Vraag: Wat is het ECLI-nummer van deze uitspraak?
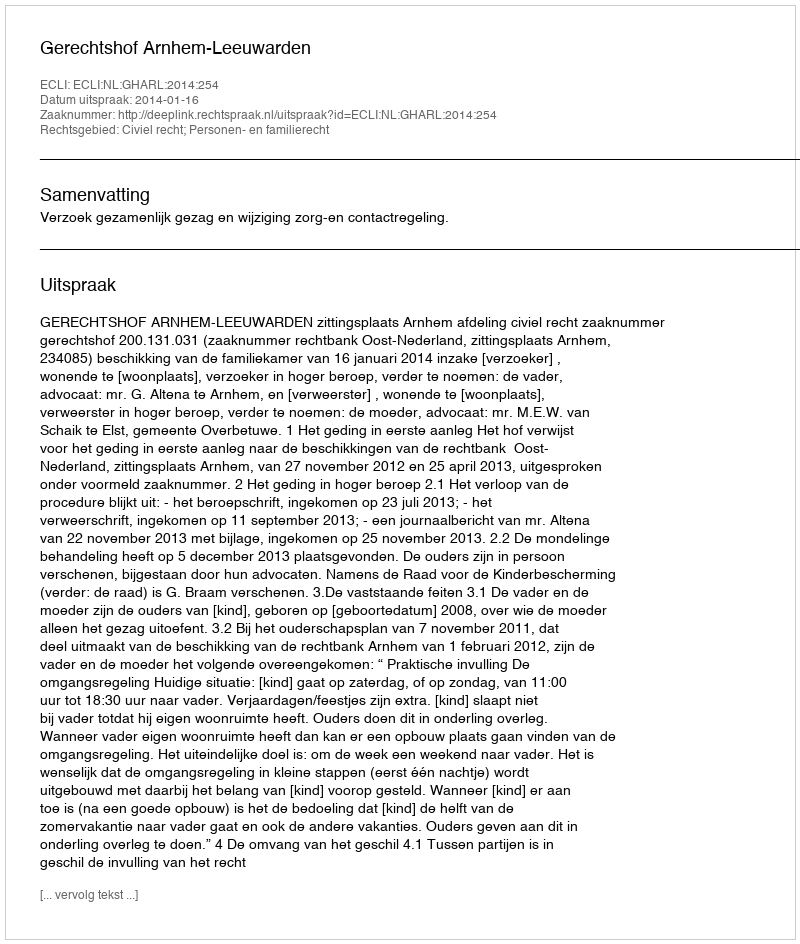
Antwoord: ECLI:NL:GHARL:2014:254